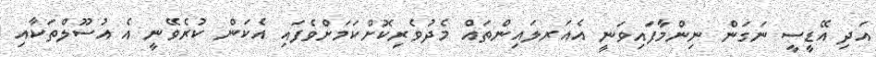
އަދި އޭޑީސީ ނަގަން ނިންމާފައިވަނީ އެއަރލައިންތައް މެދުވެރިކޮށްކަމަށްވެފައި އެކަން ކުރެވޭނީ އެ އުސޫލްތަކާއި